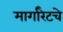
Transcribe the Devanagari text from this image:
मार्गारेटचे